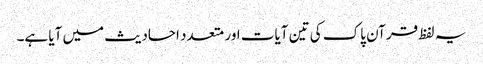
یہ لفظ قرآن پاک کی تین آیات اور متعدد احادیث میں آیا ہے۔